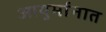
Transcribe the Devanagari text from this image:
आयुर्मानात